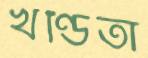
খণ্ডিতা